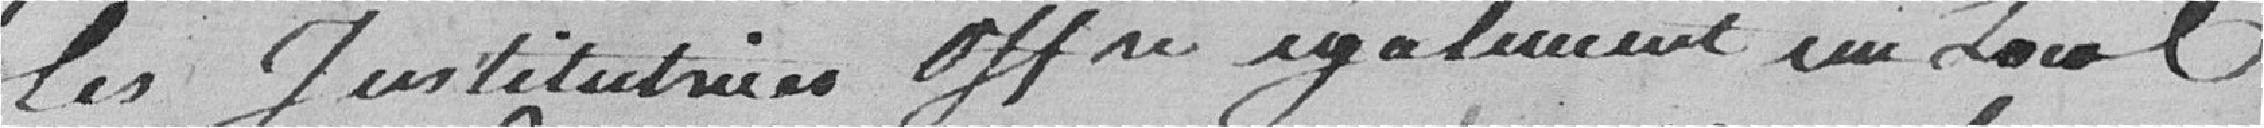
les institutrices offre également un local